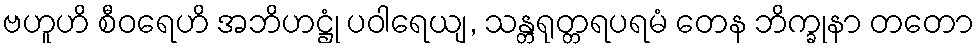
ဗဟူဟိ စီဝရေဟိ အဘိဟဋ္ဌုံ ပဝါရေယျ, သန္တရုတ္တရပရမံ တေန ဘိက္ခုနာ တတော